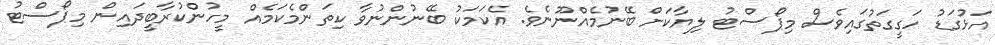
އަޅުގަޑު ހަގީގަތުގައިވެސް މިޕޯސްޓު ލިޔާކަށް ބޭނުމެއްނޫނެވެ. އެކަމަކު ބޭނުންނުވާ ކިތަންމެކަމެއް މީހުންކުރާބީދައިން މިޕޯސްޓު